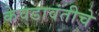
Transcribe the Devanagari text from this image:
केवडावंतीचे